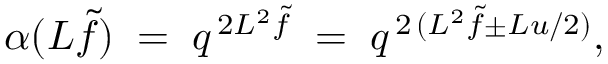
\alpha ( L \tilde { f } ) \; = \; q ^ { \, 2 L ^ { 2 } \tilde { f } } \; = \; q ^ { \, 2 \, ( L ^ { 2 } \tilde { f } \pm L u / 2 ) } ,